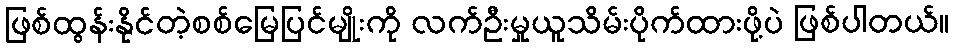
ဖြစ်ထွန်းနိုင်တဲ့စစ်မြေပြင်မျိုးကို လက်ဦးမှုယူသိမ်းပိုက်ထားဖို့ပဲ ဖြစ်ပါတယ်။